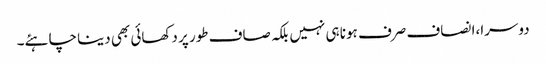
دوسرا،ا نصاف صرف ہونا ہی نہیں بلکہ صاف طور پر دکھائی بھی دینا چاہئے۔